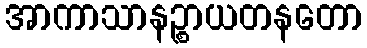
အာကာသာနဉ္စာယတနတော